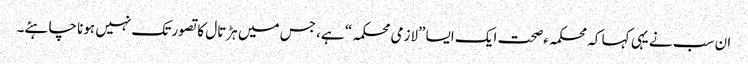
ان سب نے یہی کہا کہ محکمہءصحت ایک ایسا ”لازمی محکمہ“ ہے، جس میں ہڑتال کا تصور تک نہیں ہونا چاہئے۔